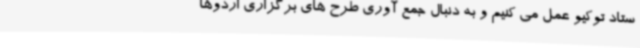
ستاد توکیو عمل می کنیم و به دنبال جمع آوری طرح های برگزاری اردوها